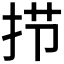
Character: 𰓜